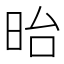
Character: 𣅿